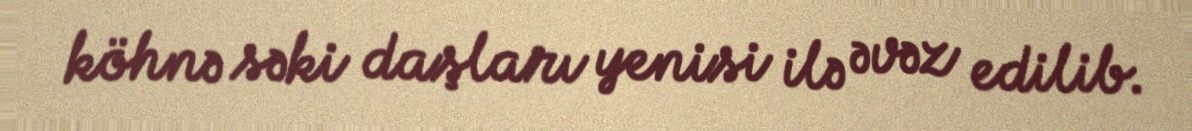
köhnə səki daşları yenisi ilə əvəz edilib.